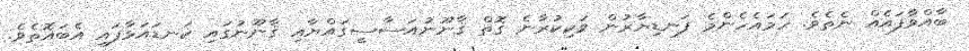
ބާއްވާފައެއް ނެތެވެ. ހަމައެހެންމެ ފަނޑިޔާރުން ވަކިކުރާނެ ގޮތް ޤާނޫނުއަސާސީގައްޔާއި ޤާނޫނުގައި ކަނޑައަޅާފައި އެބައޮތެވެ.